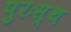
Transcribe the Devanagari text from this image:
पुरःस्थ